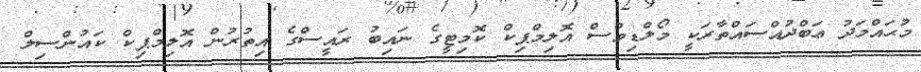
މުޙައްމަދު ޢަބްދުއްސައްތާރަކީ މޯލްޑިވްސް އޮލިމްޕިކް ކޮމިޓީގެ ނައިބު ރައީސްގެ އިތުރުން އޮލިމްޕިކް ކައުންސިލް